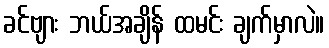
ခင်ဗျား ဘယ်အချိန် ထမင်း ချက်မှာလဲ။